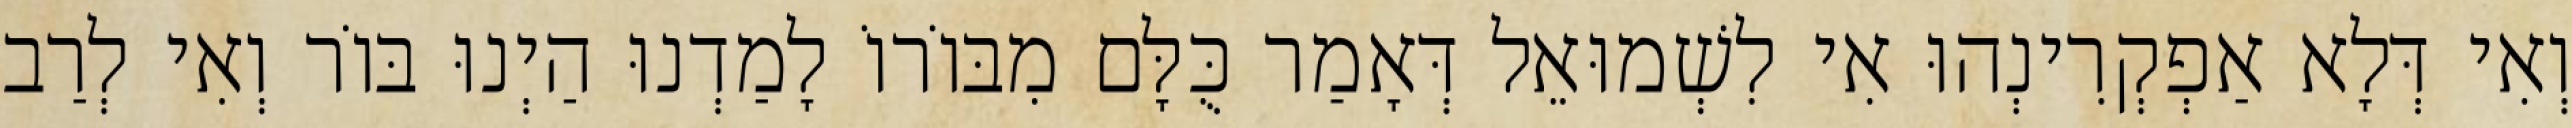
וְאִי דְּלָא אַפְקְרִינְהוּ אִי לִשְׁמוּאֵל דְּאָמַר כֻּלָּם מִבּוֹרוֹ לָמַדְנוּ הַיְנוּ בּוֹר וְאִי לְרַב